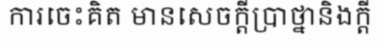
ការចេះគិត មានសេចក្តីប្រាថ្នានិងក្តី